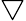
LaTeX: \bigtriangledown